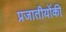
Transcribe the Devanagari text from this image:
प्रजातीयोंकी